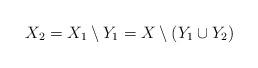
LaTeX: \begin{align*}X_2 = X_1\setminus Y_1 = X \setminus (Y_1 \cup Y_2) \end{align*}